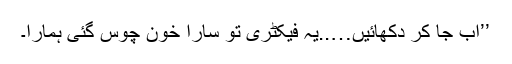
’’اب جا کر دکھائیں…..یہ فیکٹری تو سارا خون چوس گئی ہمارا۔